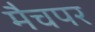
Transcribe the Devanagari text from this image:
मैचपर